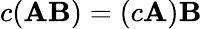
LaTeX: c(\mathbf{AB})=(c\mathbf{A})\mathbf{B}